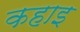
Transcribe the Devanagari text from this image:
कहाइ